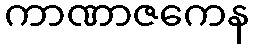
ကာဏာဇကေန